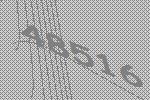
48516